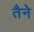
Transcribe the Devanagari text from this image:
तैने